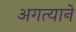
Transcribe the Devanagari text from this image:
अगत्याने